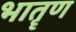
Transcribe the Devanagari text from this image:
भातॄण